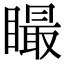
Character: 𥊴